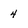
Character: 4